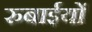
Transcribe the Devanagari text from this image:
रुबाईयों